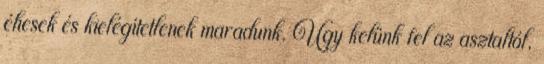
éhesek és kielégítetlenek maradunk. Úgy kelünk fel az asztaltól,